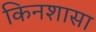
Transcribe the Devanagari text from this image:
किनशासा